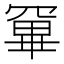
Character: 𭂂